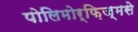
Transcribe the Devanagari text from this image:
पोलिमोर्फ़िज्मसे